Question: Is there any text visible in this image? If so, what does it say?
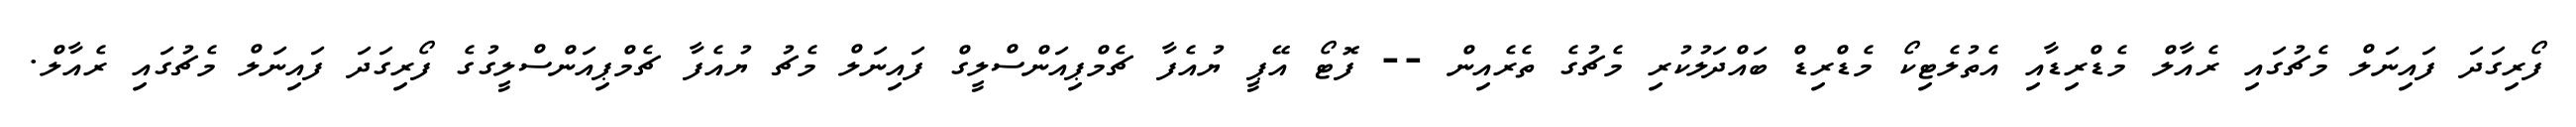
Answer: ފޯރިގަދަ ފައިނަލް މެޗުގައި ރެއާލް މެޑްރިޑާއި އެތުލެޓިކޯ މެޑްރިޑް ބައްދަލުކުރި މެޗުގެ ތެރެއިން -- ފޮޓޯ އޭޕީ ޔުއެފާ ޗެމްޕިއަންސްލީގް ފައިނަލް މެޗު ޔުއެފާ ޗެމްޕިއަންސްލީގުގެ ފޯރިގަދަ ފައިނަލް މެޗުގައި ރެއާލް.